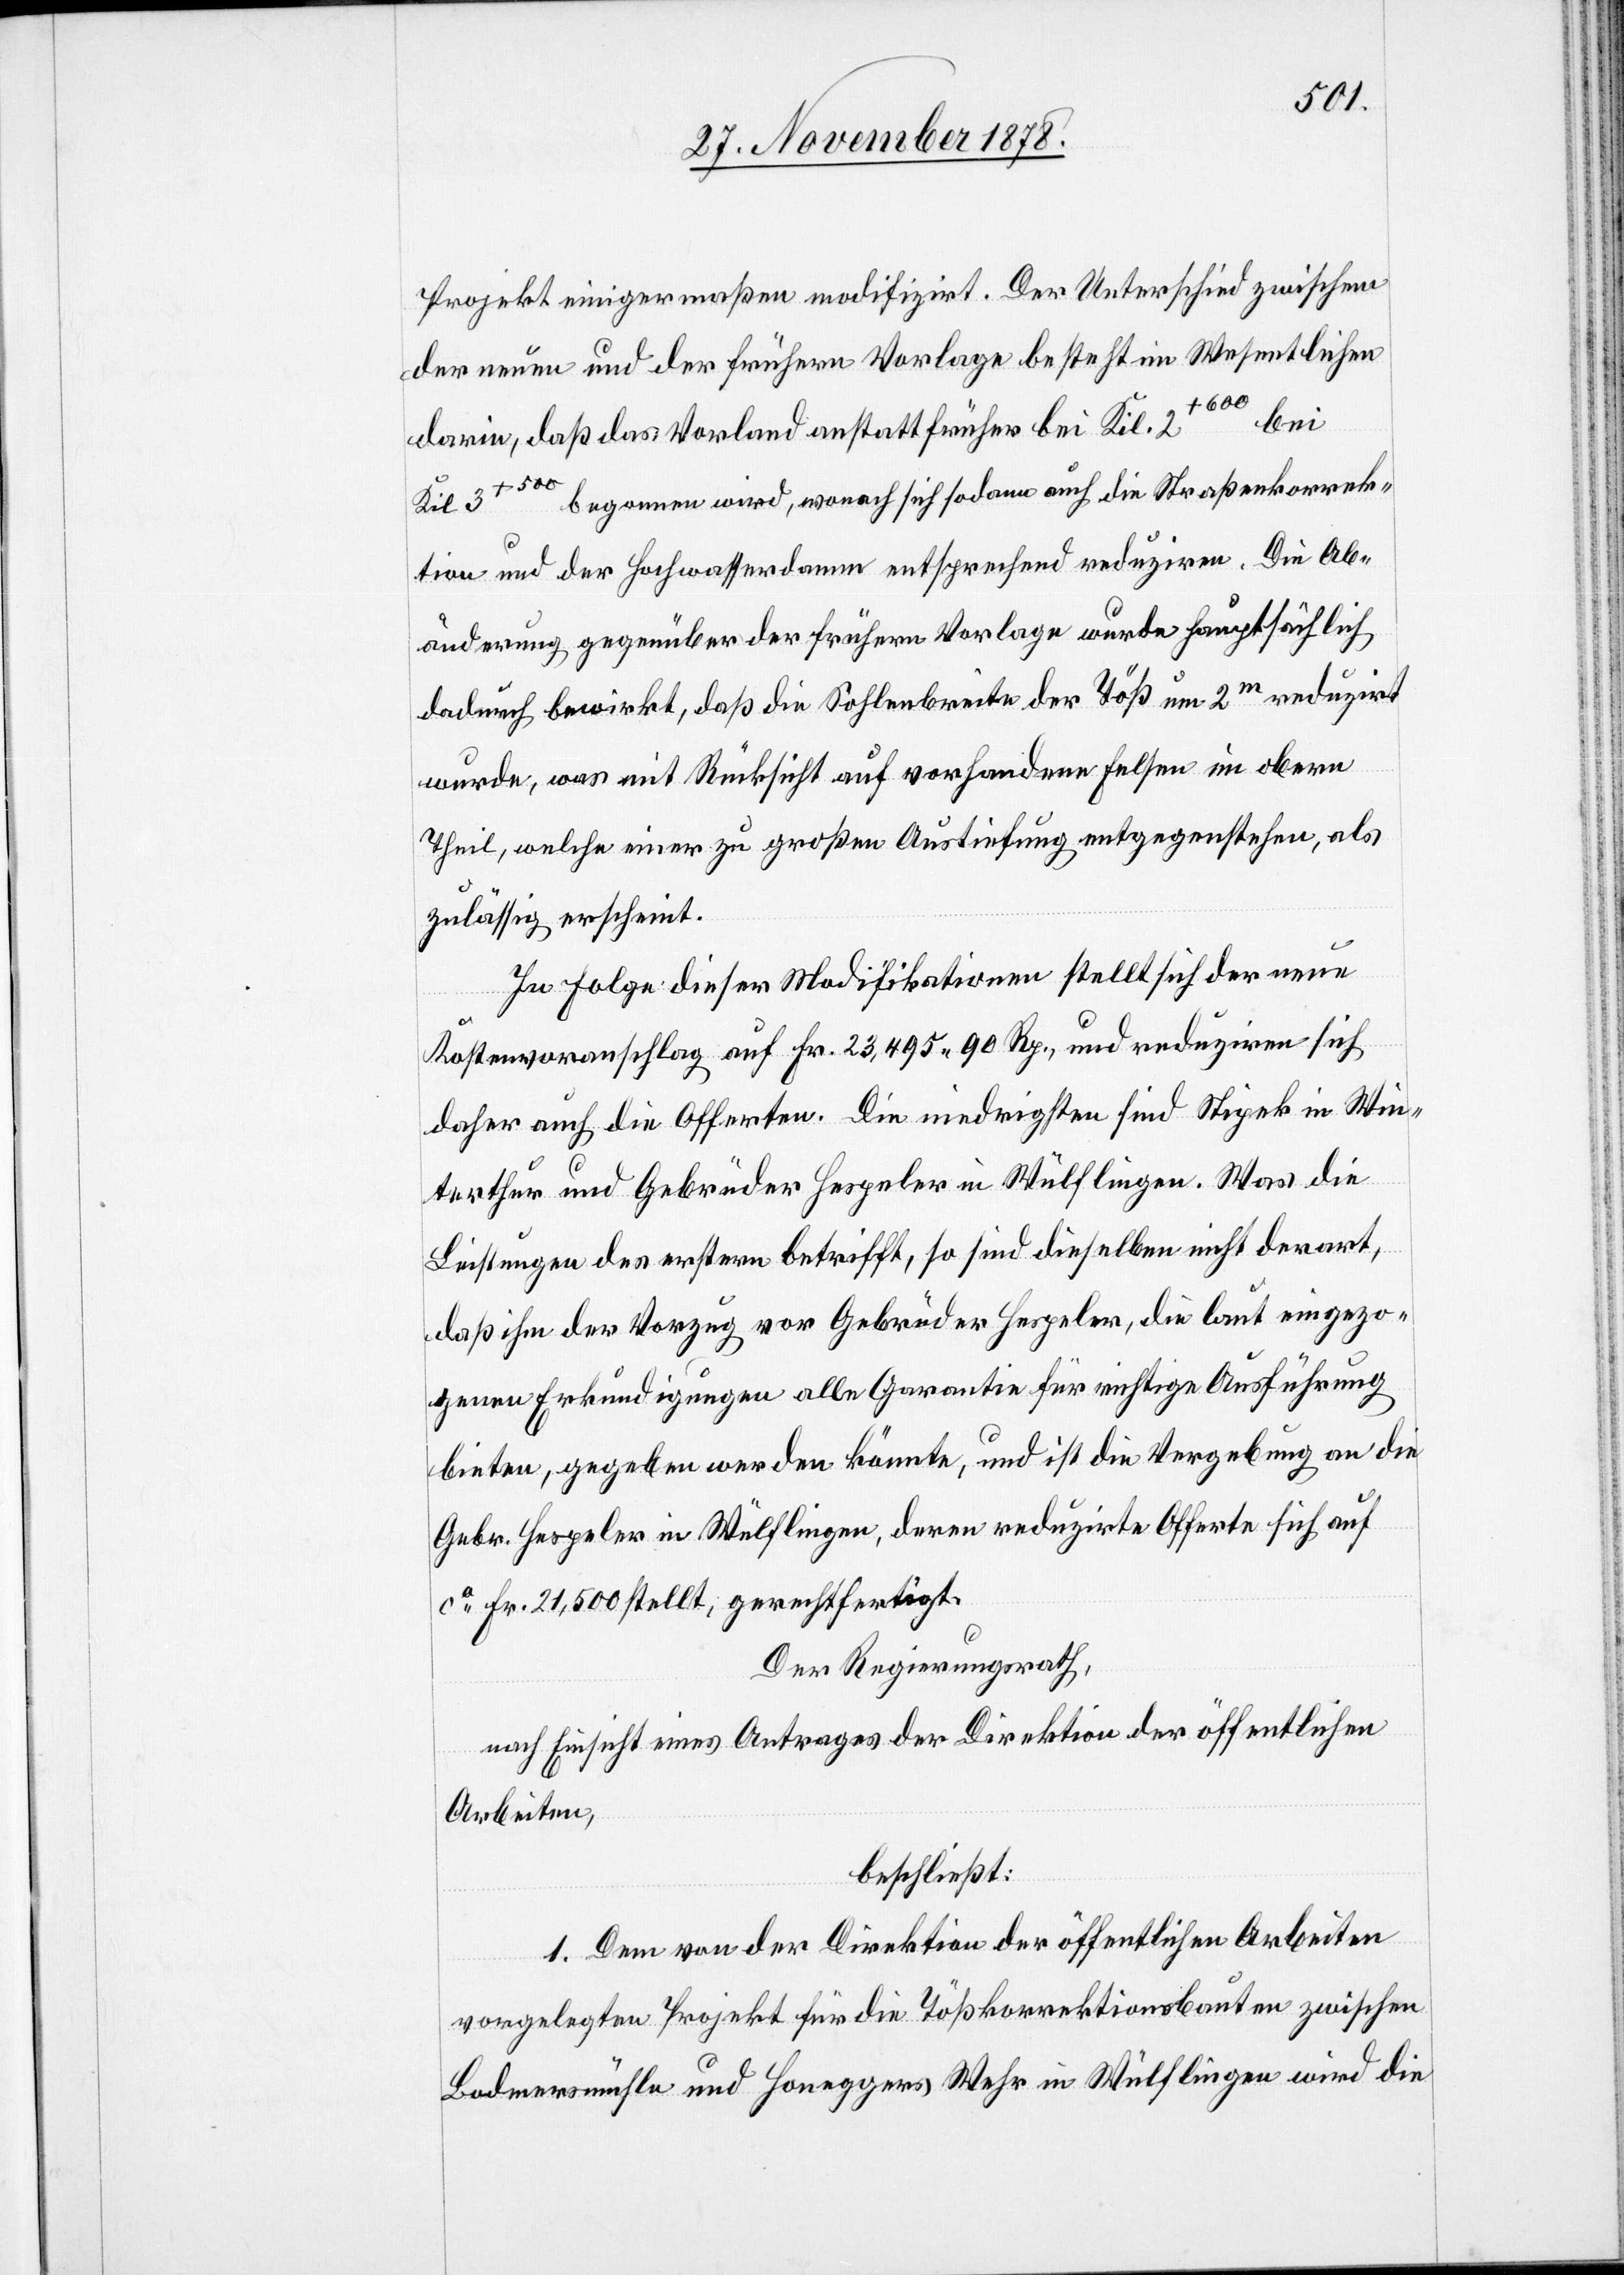
Projekt einigermaßen modifizirt. Der Unterschied zwischen
der neuen und der frühern Vorlage besteht im Wesentlichen
2+600
bei
darin, daß das Vorland anstatt früher bei Kil.
Kil 3+500 begonnen wird, wonach sich sodann auch die Straßenkorrek¬
tion und der Hochwasserdamm entsprechend reduziren. Die Ab¬
änderung gegenüber der frühern Vorlage wurde hauptsächlich
dadurch bewirkt, daß die Sohlenbreite der Töß um 2m reduzirt
wurde, was mit Rücksicht auf vorhandene Felsen im obern
Theil, welche einer zu großen Austiefung entgegenstehen, als
zulässig erscheint.
In Folge dieser Modifikationen stellt sich der neue
Kostenvoranschlag auf Fr. 23,495 90 Rp., und reduzire sich
daher auf die Offerten. Die niedrigsten sind Stipek in Win¬
terthur und Gebrüder Hespeler in Wülflingen. Was die
Leistungen des erstern betrifft, so sind dieselben nicht derart,
daß ihm der Vorzug vor Gebrüder Hespeler, die laut eingezo¬
genen Erkundigungen alle Garantie für richtige Ausführung
leisten, gegeben werden könnte, und ist die Vergebung an die
Gebr. Hespeler in Wülflingen, deren reduzirte Offerte sich auf
ca Fr. 21,500 stellt, gerechtfertigt.
Der Regierungsrath,
nach Einsicht eines Antrages der Direktion der öffentlichen
Arbeiten,
beschließt:
1. Dem von der Direktion der öffentlichen Arbeiten
vorgelegten Projekt für die Tößkorrektionsbauten zwischen
Bodmersmühle und Honeggers Wehr in Wülflingen wird die